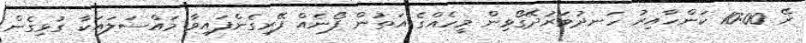
ރޭ 10:00 ކަންހާއިރު ހަނދުވަރުދޭގޯޅިން މީހެއްގެ އަތުން ފޯނެއް ފޭރިގެންފައިވާ މައްސަލައަކާ ގުޅިގެން